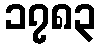
၁၇၈၃